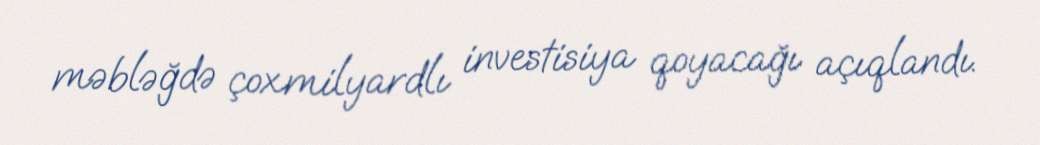
məbləğdə çoxmilyardlı investisiya qoyacağı açıqlandı.